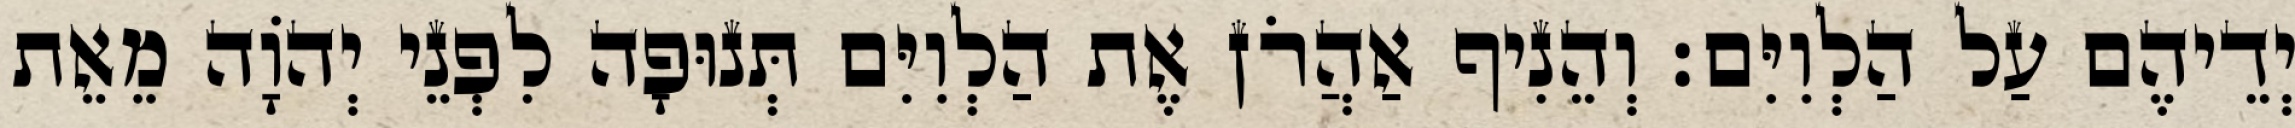
יְדֵיהֶם עַל הַלְוִיִּם׃ וְהֵנִיף אַהֲרֹן אֶת הַלְוִיִּם תְּנוּפָה לִפְנֵי יְהֹוָה מֵאֵת